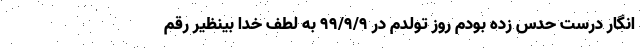
انگار درست حدس زده بودم روز تولدم در ۹۹/۹/۹ به لطف خدا بینظیر رقم